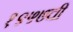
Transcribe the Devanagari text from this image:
१९५७ची